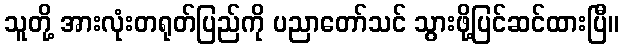
သူတို့ အားလုံးတရုတ်ပြည်ကို ပညာတော်သင် သွားဖို့ပြင်ဆင်ထားပြီ။